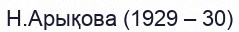
Н.Арықова (1929 – 30)